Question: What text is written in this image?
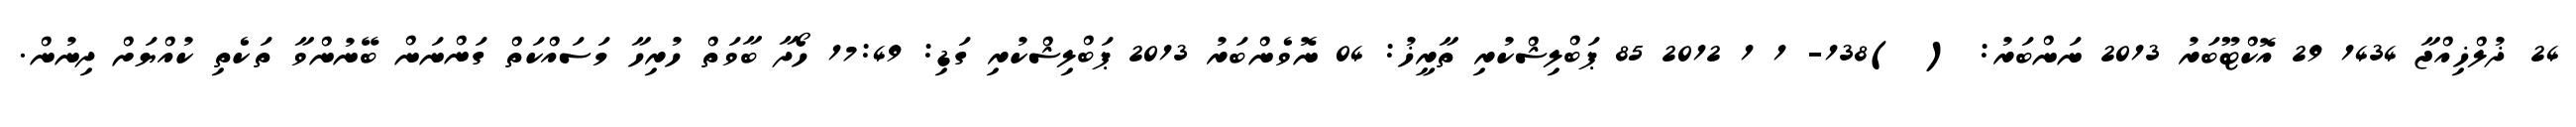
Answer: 24 ޛުލްޚިއްޖާ 1434 29 އޮކްޓޫބަރު 2013 ނަންބަރު: ( )138- 1 1 2012 85 ޕަބްލިޝްކުރި ތާރީޚު: 04 ނޮވެންބަރު 2013 ޕަބްލިޝްކުރި ގަޑި: 17:49 ހޯދާ ބާވަތް ހުރިހާ މަސައްކަތް ގަންނަން ބޭނުންވާ ތަކެތި ކުއްޔަށް ދިނުން.